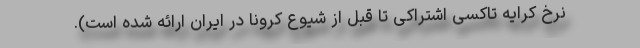
نرخ کرایه تاکسی اشتراکی تا قبل از شیوع کرونا در ایران ارائه شده است).